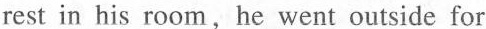
rest in his room,he went outside for